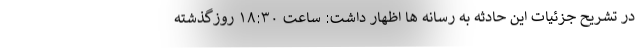
در تشریح جزئیات این حادثه به رسانه ها اظهار داشت: ساعت ۱۸:۳۰ روزگذشته